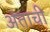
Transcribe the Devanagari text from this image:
अंताची